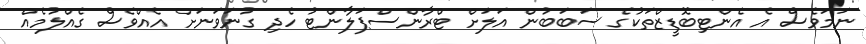
ނަމަވެސް އެ އެންޓިބޮޑީޒްތަކުގެ ސަބަބުން އަލަށް ޓްރާންސްޕަލާންޓު ހެދި ގުނަވަނަށް އެއްވެސް ގެއްލުމެއް